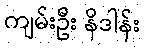
ကျမ်းဦး နိဒါန်း